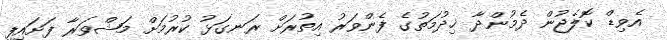
އެވިޑް ކޮލެޖުން ދެމުންދާ ޚިދުމަތުގެ ފެންވަރު އިތުރަށް ރަނގަޅު ކުރުމަށް މަޝްވަރާ ފަށައިފި